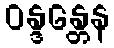
ဝန္ဒန္တေန